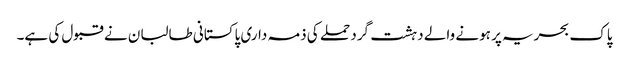
پاک بحریہ پر ہونے والے دہشت گرد حملے کی ذمہ داری پاکستانی طالبان نے قبول کی ہے۔